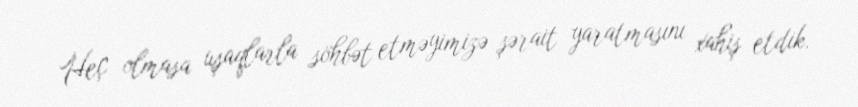
Heç olmasa uşaqlarla söhbət etməyimizə şərait yaratmasını xahiş etdik.